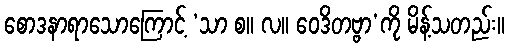
စောဒနာရာသောကြောင့် ‘သာ စ။ လ။ ဝေဒိတဗ္ဗာ’ကို မိန့်သတည်း။